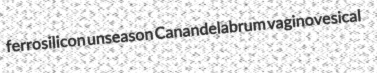
ferrosilicon unseason Canandelabrum vaginovesical